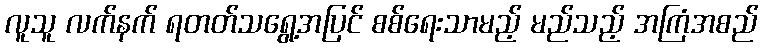
လူသူ လက်နက် ရတတ်သရွေ့အပြင် စစ်ရေးသာမည့် မည်သည့် အကြံအစည်